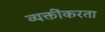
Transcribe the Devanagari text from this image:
व्यक्तींकरता